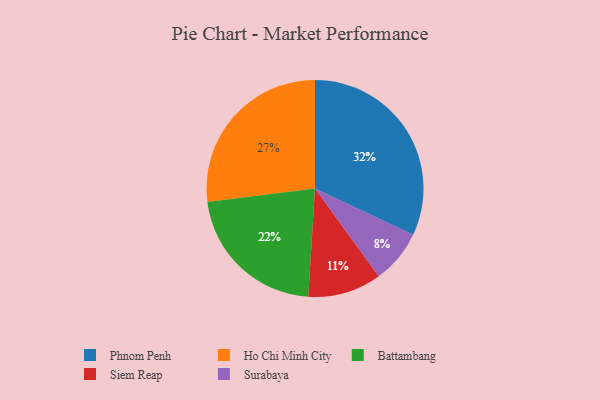
{"axis": {"x": "Category", "y": "Percentage"}, "legend": ["Battambang", "Ho Chi Minh City", "Phnom Penh", "Siem Reap", "Surabaya"], "data": [{"x": "Surabaya", "y": 8, "type": "Surabaya"}, {"x": "Siem Reap", "y": 11, "type": "Siem Reap"}, {"x": "Phnom Penh", "y": 32, "type": "Phnom Penh"}, {"x": "Ho Chi Minh City", "y": 27, "type": "Ho Chi Minh City"}, {"x": "Battambang", "y": 22, "type": "Battambang"}]}